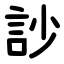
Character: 訬